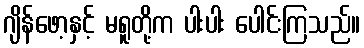
ဂျိန်ဖော့နှင့် မရူတို့က ပါးပါး ပေါင်းကြသည်။